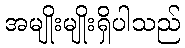
အမျိုးမျိုးရှိပါသည်